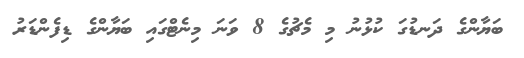
ބަޔާންގެ ދަނޑުގަ ކުޅުނު މި މެޗުގެ 8 ވަނަ މިނެޓްގައި ބަޔާންގެ ޑިފެންޑަރު